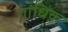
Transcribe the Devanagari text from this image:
गांधिक